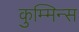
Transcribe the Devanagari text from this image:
कुम्मिन्स